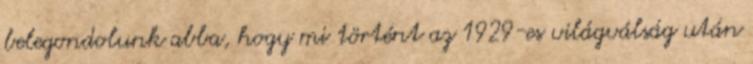
belegondolunk abba, hogy mi történt az 1929-es világválság után